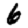
Digit: 6